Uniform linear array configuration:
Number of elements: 64
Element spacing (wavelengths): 0.75
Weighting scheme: kaiser
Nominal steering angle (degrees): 30
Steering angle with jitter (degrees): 28.881
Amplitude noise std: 0.05
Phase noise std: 0.05

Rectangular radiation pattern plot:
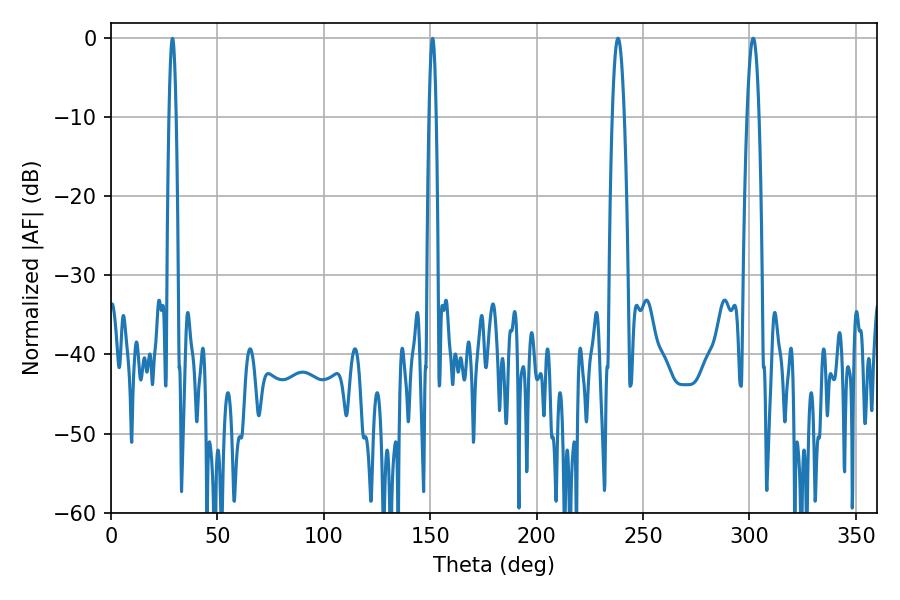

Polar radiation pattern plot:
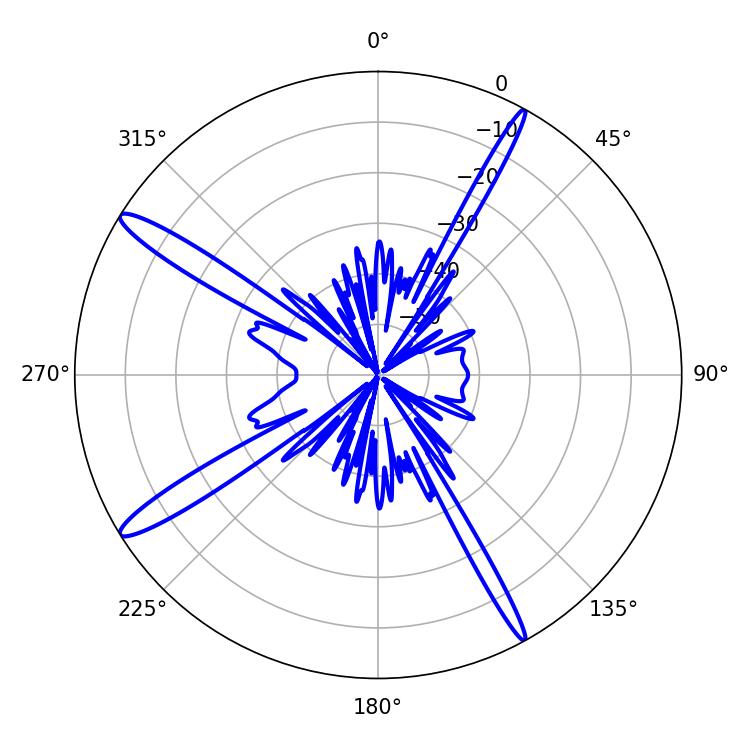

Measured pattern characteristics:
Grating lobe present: TRUE
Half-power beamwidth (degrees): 3.06
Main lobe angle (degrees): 301.68